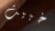
خبيث